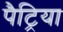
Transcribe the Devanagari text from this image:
पैट्रिया